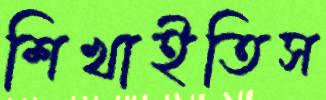
শিখাইতিস